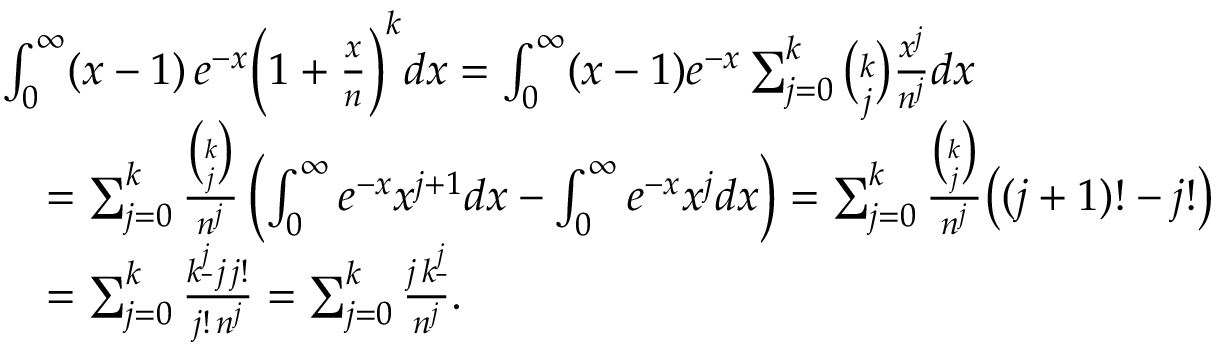
\begin{array} { r l } & { \int _ { 0 } ^ { \infty } ( x - 1 ) \, e ^ { - x } \Big ( 1 + \frac { x } { n } \Big ) ^ { k } d x = \int _ { 0 } ^ { \infty } ( x - 1 ) e ^ { - x } \sum _ { j = 0 } ^ { k } \binom { k } { j } \frac { x ^ { j } } { n ^ { j } } d x } \\ & { \quad = \sum _ { j = 0 } ^ { k } \frac { \binom { k } { j } } { n ^ { j } } \left( \int _ { 0 } ^ { \infty } e ^ { - x } x ^ { j + 1 } d x - \int _ { 0 } ^ { \infty } e ^ { - x } x ^ { j } d x \right) = \sum _ { j = 0 } ^ { k } \frac { \binom { k } { j } } { n ^ { j } } \big ( ( j + 1 ) ! - j ! \big ) } \\ & { \quad = \sum _ { j = 0 } ^ { k } \frac { k ^ { \underline { { j } } } \, j \, j ! } { j ! \, n ^ { j } } = \sum _ { j = 0 } ^ { k } \frac { j \, k ^ { \underline { { j } } } } { n ^ { j } } . } \end{array}